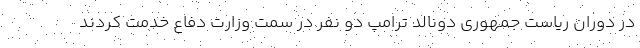
در دوران ریاست جمهوری دونالد ترامپ دو نفر در سمت وزارت دفاع خدمت کردند